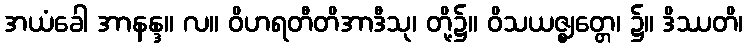
အယံခေါ အာနန္ဒ။ လ။ ဝိဟရတီတိအာဒီသု၊ တို့၌။ ဝိသယဇ္ဈတ္တေ၊ ၌။ ဒိဿတိ၊